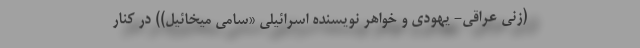
(زنی عراقی- یهودی و خواهر نویسنده اسرائیلی «سامی میخائیل)) در کنار